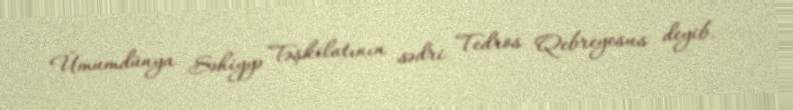
Ümumdünya Səhiyyə Təşkilatının sədri Tedros Qebreyesus deyib.